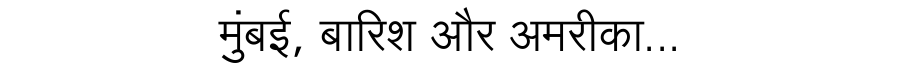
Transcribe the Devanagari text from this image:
मुंबई, बारिश और अमरीका...